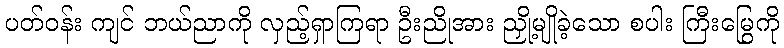
ပတ်ဝန်း ကျင် ဘယ်ညာကို လှည့်ရှာကြရာ ဦးညိုအား ညှို့မျိုခဲ့သော စပါး ကြီးမြွေကို